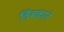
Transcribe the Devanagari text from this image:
त्रिंबकाने